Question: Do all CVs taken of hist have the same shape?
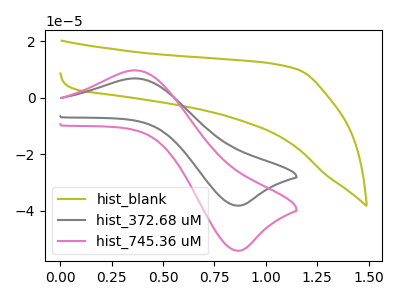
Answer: <think>The olive curve "hist_blank" has no peaks. The gray curve "hist_372.68 uM" has an anodic peak at (0.35V, 6.80uA) and a cathodic peak at (0.85V, -38.10uA). The pink curve "hist_745.36 uM" has an anodic peak at (0.35V, 9.65uA) and a cathodic peak at (0.85V, -54.00uA).
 "hist_blank" and "hist_372.68 uM" have a different number of peaks. "hist_blank" and "hist_745.36 uM" have a different number of peaks. All the peaks in "hist_372.68 uM" have a peak in "hist_745.36 uM" at the same potential. Every peak in "hist_372.68 uM" is lower than every peak in "hist_745.36 uM".</think>
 <answer>All the CV's of "hist" have similar shape.</answer>
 <eval>follow_rule</eval>